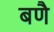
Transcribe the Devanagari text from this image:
बणै